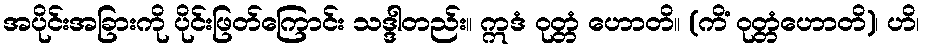
အပိုင်းအခြားကို ပိုင်းဖြတ်ကြောင်း သဒ္ဒါတည်း။ ဣဒံ ဝုတ္တံ ဟောတိ။ (ကိံ ဝုတ္တံဟောတိ)၊ ဟိ၊